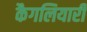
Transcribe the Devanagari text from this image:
कैगलियारी